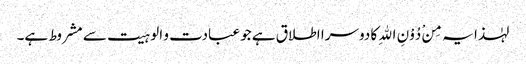
لہٰذا یہ مِنْ دُوْنِ اللهِ کا دوسرا اطلاق ہے جو عبادت و الوہیت سے مشروط ہے۔